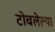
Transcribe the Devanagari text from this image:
टोचलेल्या